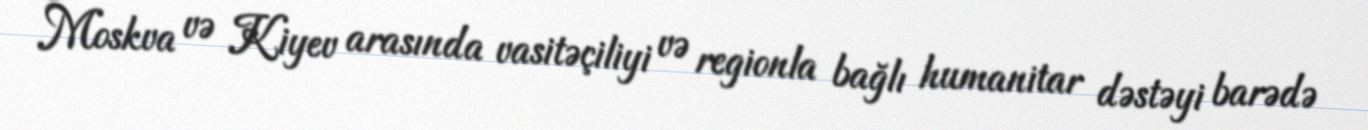
Moskva və Kiyev arasında vasitəçiliyi və regionla bağlı humanitar dəstəyi barədə